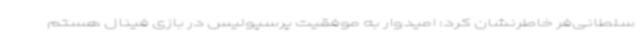
سلطانی‌فر خاطرنشان کرد: امیدوار به موفقیت پرسپولیس در بازی فینال هستم